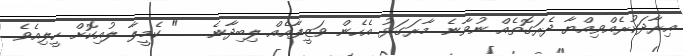
އިރާދަކުރެއްވިއްޔާ ދެރަގޮތެއް ނުވާނެ. މާރަގަޅު އެހެން ވަޒީފާއެއް ލިބިދާނެ........" ކެމީލާ ލުއިކޮށް ހީލިއެވެ.